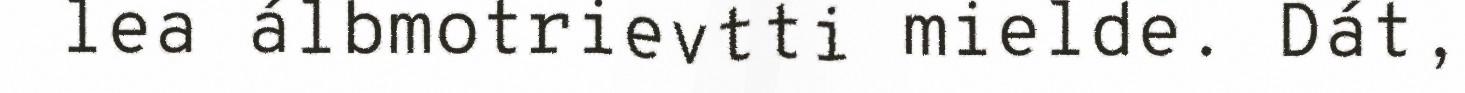
lea álbmotrievtti mielde. Dát,